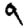
Digit: 9